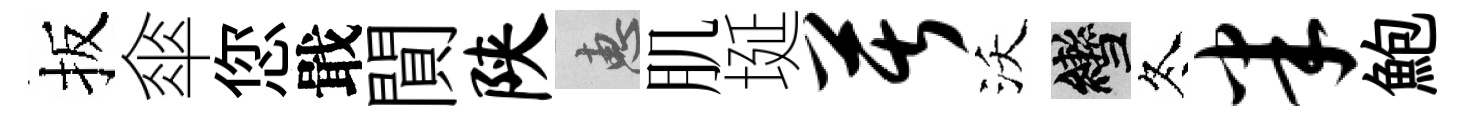
扳傘您戢閴陕惠肌埏苦沃轡冬半鮑